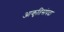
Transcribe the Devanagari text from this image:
आकृतिसंपदा